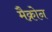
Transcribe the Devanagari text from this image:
मैक्रोन